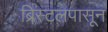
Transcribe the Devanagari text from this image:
ब्रिस्टलपासून